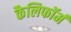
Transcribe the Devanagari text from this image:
कैलिफॉर्म